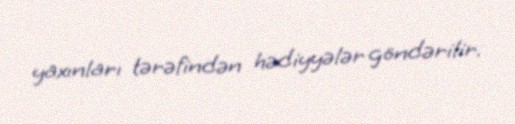
yaxınları tərəfindən hədiyyələr göndərilir.